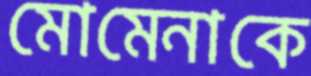
মোমেনাকে